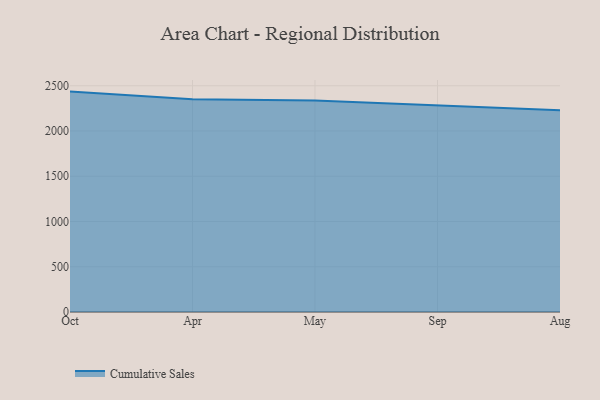
{"axis": {"x": "Month", "y": "Page Views"}, "legend": ["Cumulative Sales"], "data": [{"x": "Oct", "y": 2435.3, "type": "Cumulative Sales"}, {"x": "Apr", "y": 2351.8, "type": "Cumulative Sales"}, {"x": "May", "y": 2336.5, "type": "Cumulative Sales"}, {"x": "Sep", "y": 2285.2, "type": "Cumulative Sales"}, {"x": "Aug", "y": 2229.8, "type": "Cumulative Sales"}]}